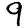
Digit: 9